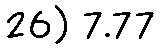
26) 7.77